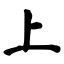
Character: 上